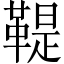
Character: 鞮